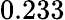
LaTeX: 0.233